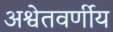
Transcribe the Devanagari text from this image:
अश्वेतवर्णीय